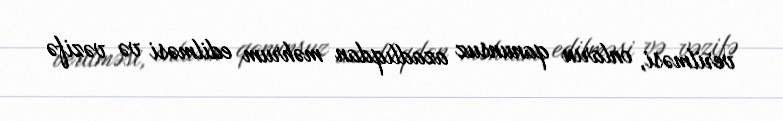
verilməsi, onların qanunsuz azadlıqdan məhrum edilməsi və vəzifə